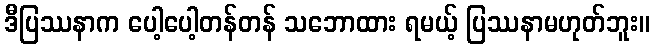
ဒီပြဿနာက ပေါ့ပေါ့တန်တန် သဘောထား ရမယ့် ပြဿနာမဟုတ်ဘူး။